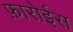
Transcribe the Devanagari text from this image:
फ़ारोईस